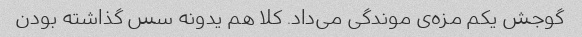
گوجش یکم مزه‌ی موندگی می‌داد. کلا هم یدونه سس گذاشته بودن